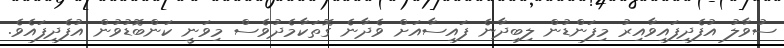
ސުވާލު އުފެދިފައިވާއިރު މިފަންޑުން ލިބިދާނެ ފައިސާއަށް ވެދާނެ ގޮތަކާމެދުވެސް މިވަނީ ކަންބޮޑުވުން އުފެދިފައެވެ.